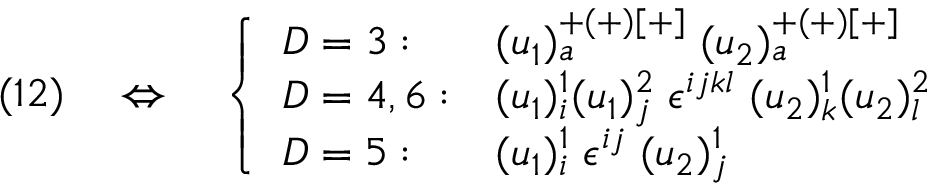
( 1 2 ) \quad \Leftrightarrow \quad \left\{ \begin{array} { l l } { { D = 3 : } } & { { ( u _ { 1 } ) _ { a } ^ { + ( + ) [ + ] } \; ( u _ { 2 } ) _ { a } ^ { + ( + ) [ + ] } } } \\ { { D = 4 , 6 : } } & { { ( u _ { 1 } ) _ { i } ^ { 1 } ( u _ { 1 } ) _ { j } ^ { 2 } \; \epsilon ^ { i j k l } \; ( u _ { 2 } ) _ { k } ^ { 1 } ( u _ { 2 } ) _ { l } ^ { 2 } } } \\ { { D = 5 : } } & { { ( u _ { 1 } ) _ { i } ^ { 1 } \; \epsilon ^ { i j } \; ( u _ { 2 } ) _ { j } ^ { 1 } } } \end{array} \right.